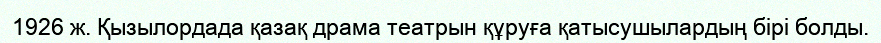
1926 ж. Қызылордада қазақ драма театрын құруға қатысушылардың бірі болды.